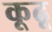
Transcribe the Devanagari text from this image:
कूढू